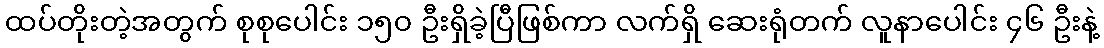
ထပ်တိုးတဲ့အတွက် စုစုပေါင်း ၁၅၀ ဦးရှိခဲ့ပြီဖြစ်ကာ လက်ရှိ ဆေးရုံတက် လူနာပေါင်း ၄၆ ဦးနဲ့